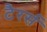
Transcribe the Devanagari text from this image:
टैरर्स